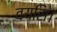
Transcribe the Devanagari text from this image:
वयसि।